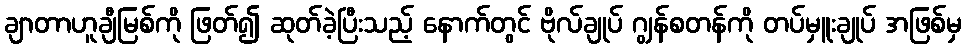
ချာတာဟူချီမြစ်ကို ဖြတ်၍ ဆုတ်ခဲ့ပြီးသည့် နောက်တွင် ဗိုလ်ချုပ် ဂျွန်စတန်ကို တပ်မှူးချုပ် အဖြစ်မှ